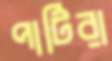
পার্টিরা